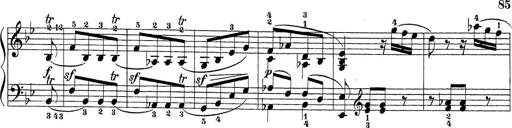
Title: Sonatina Album
Composer: Louis KÃ¶hler